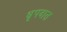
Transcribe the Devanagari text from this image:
धृपदात